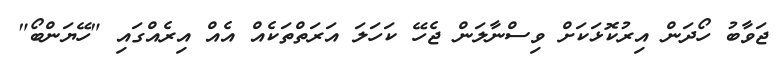
ޖަވާބު ހޯދަން އިރުކޮޅަކަށް ވިސްނާލަން ޖެހޭ ކަހަލަ އަރަތްތަކެއް އެއް އިރެއްގައި "ހޭޔަންބޯ"